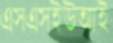
এসএসইউআই